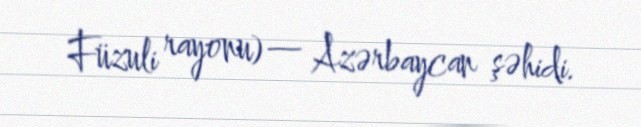
Füzuli rayonu)— Azərbaycan şəhidi.